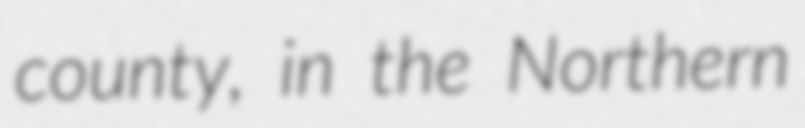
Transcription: county, in the Northern